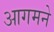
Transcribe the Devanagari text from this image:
आगमने